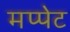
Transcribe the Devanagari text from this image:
मप्पेट